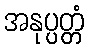
အနုပ္ပတ္တံ